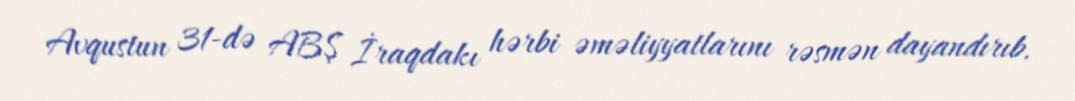
Avqustun 31-də ABŞ İraqdakı hərbi əməliyyatlarını rəsmən dayandırıb.